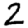
Digit: 2